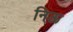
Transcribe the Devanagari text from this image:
निऊ